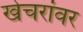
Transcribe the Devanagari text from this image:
खेचरांवर